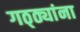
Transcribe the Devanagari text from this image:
गठ्ठ्यांना